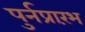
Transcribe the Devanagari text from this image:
पुर्नप्रारंभ